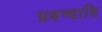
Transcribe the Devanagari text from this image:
प्रबन्धादि